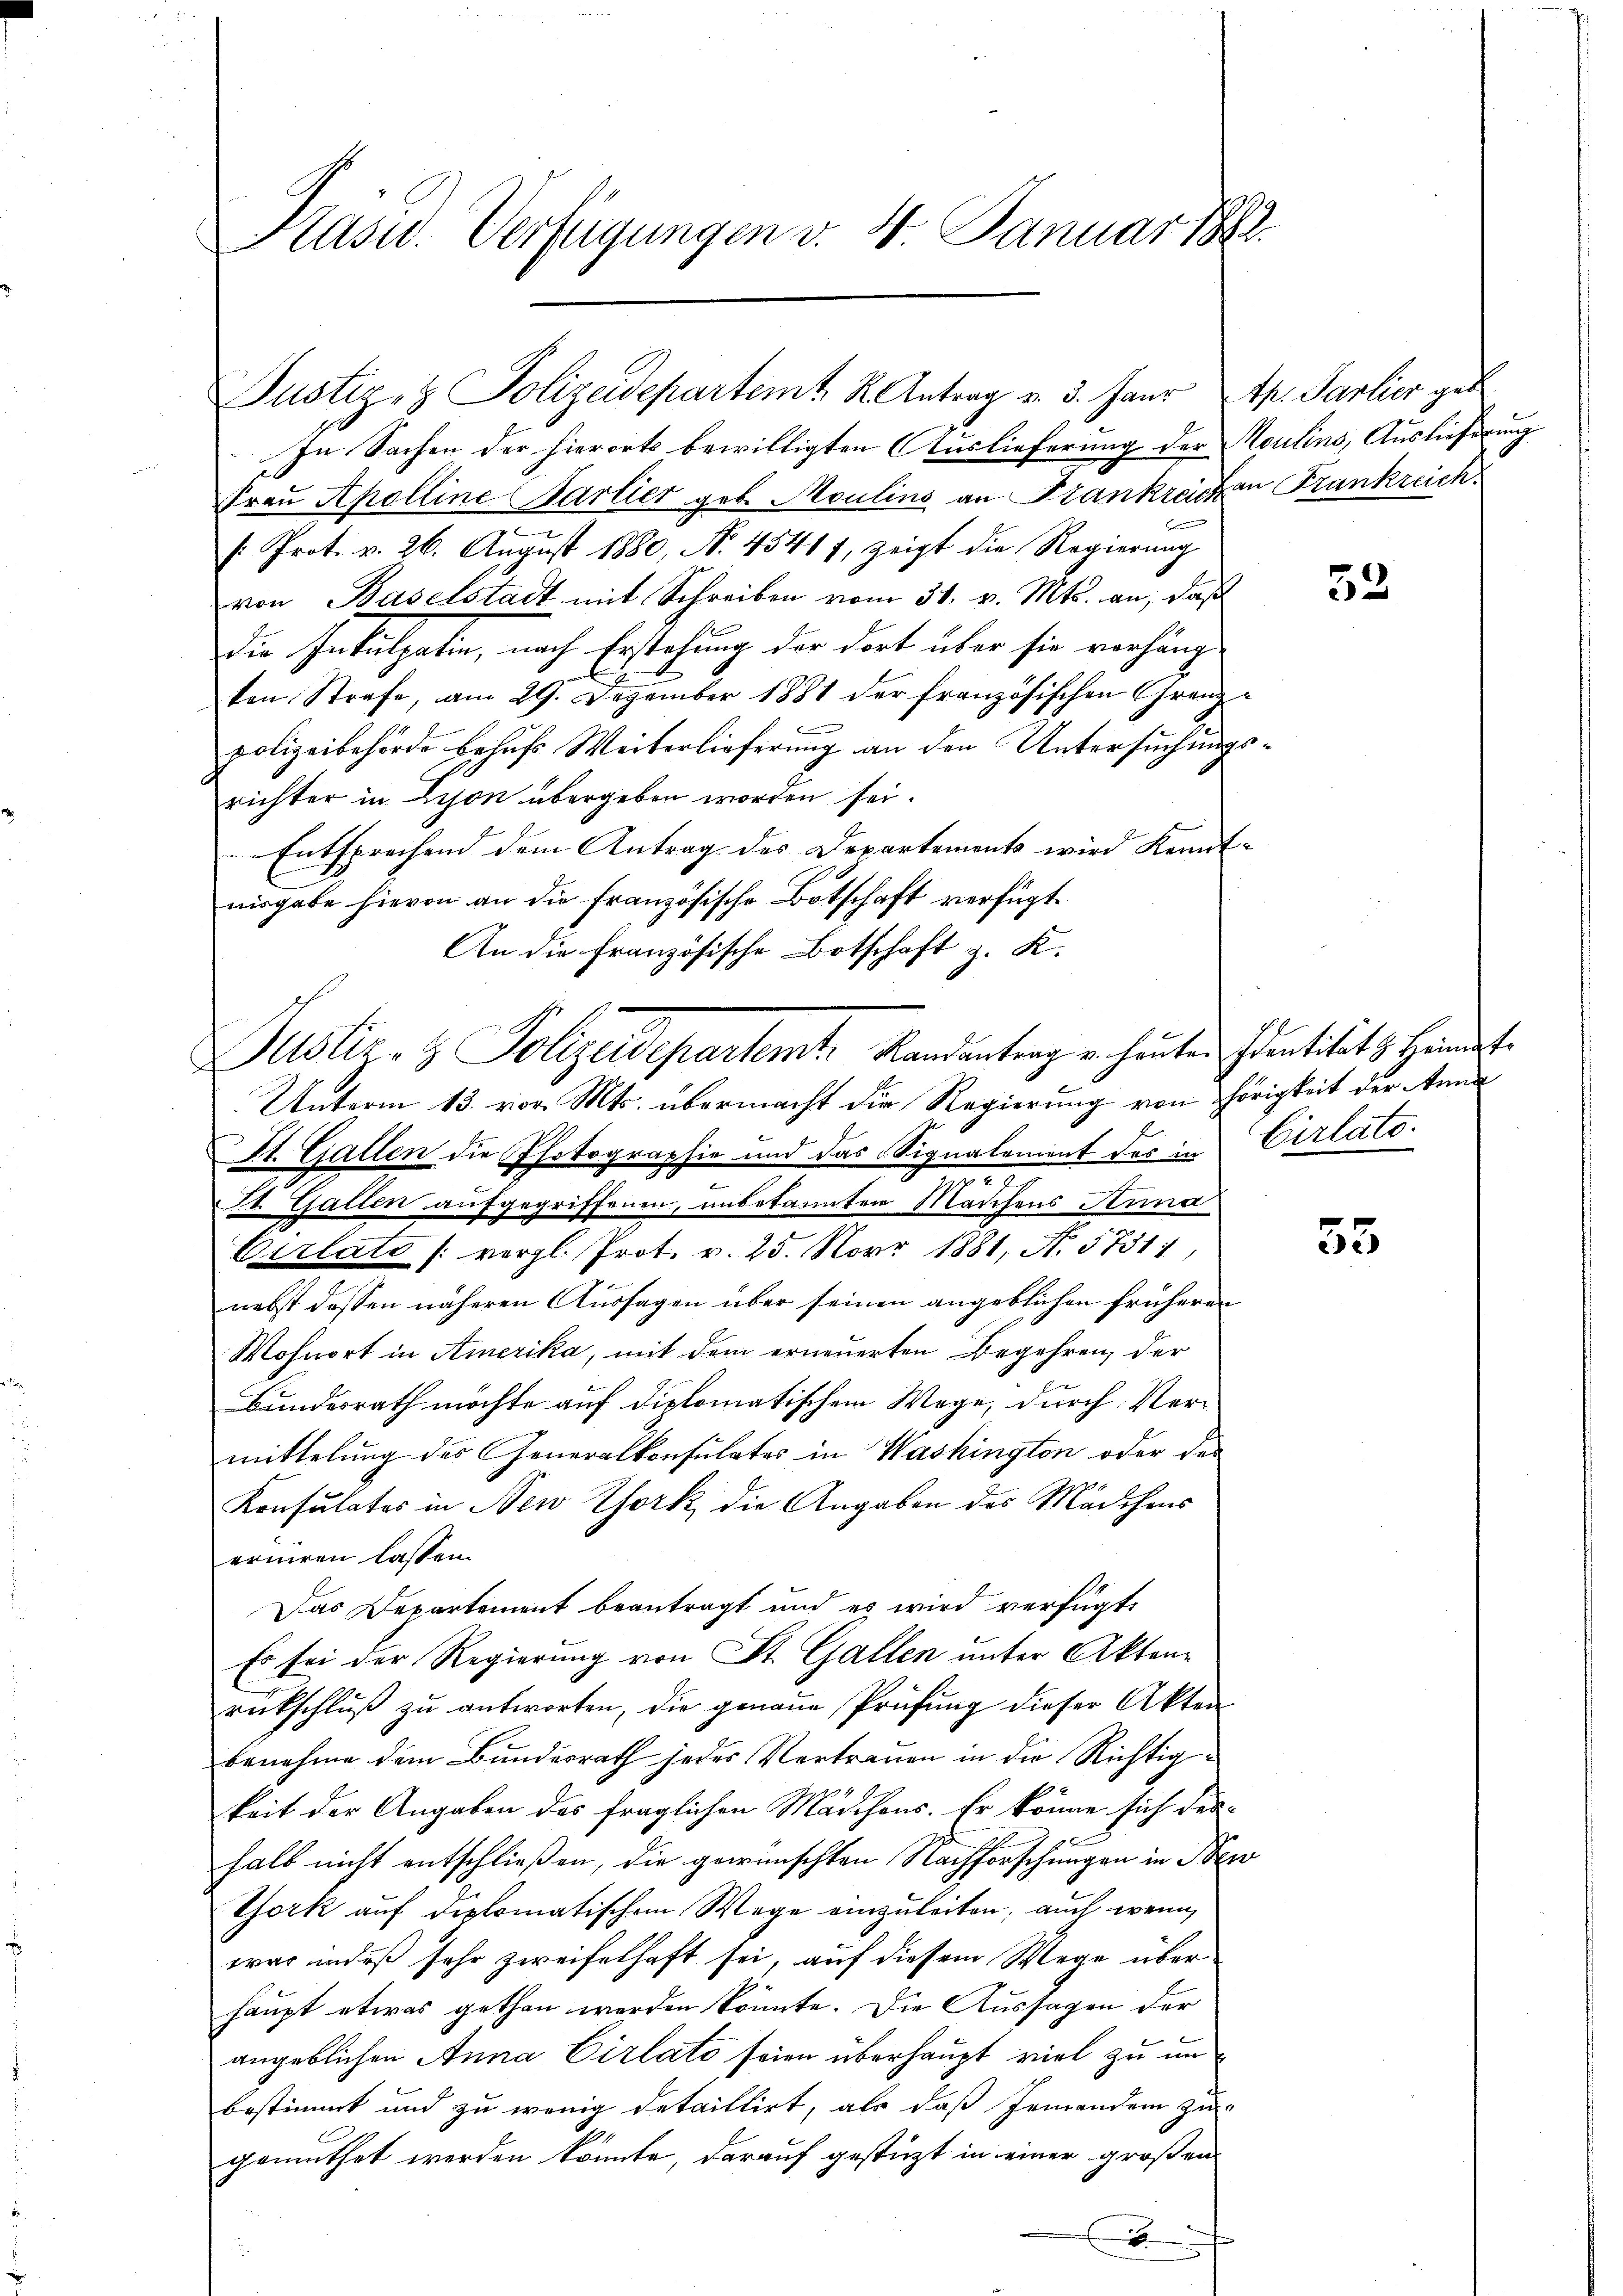
Präsid. Verfügungen v. 4. Januar 1882.

Justiz- & Polizeidepartemt K. Antrag u. 3. Janr p. Parlier geb.

In Sachen der hierorts bewilligten Auslieferung der Moulins, Auslieferung
Frau Apolline Partier geb. Moulins an Frankreichen Frankreich
/: Prot. v. 26. August 1880, N. 45417, zeigt die Regierung
von Baselstadt mit Schreiben vom 31. v. Mts. an, daß
die Inkulpatin, nach Erstehung der dort über sie vorhängl
ten Strafe, am 29. Dezember 1881 der französischen Grenz-
polizeibehörde behufs Weiterlieferung an den Untersuchungsrichter in Lyon übergeben worden sei.
Entsprechend dem Antrag des Departements wird Kenntnisgabe hievon an die französische Botschaft verfügt.
An die Französische Botschaft z. K.
Unterm 13. vor. Mts. übermacht die Regierung von hörigkeit der Anna
St. Gallen die Photographie und das Signalement des in Cirlato.
St. Gallen aufgegriffenen, unbekannten Mädchens Anna
Cirlate (vergl. Prot. v. 25. Novr 1881, N. 5731:
nebst dessen näheren Aussagen über seinen angeblichen früheren
Wohnort in Amerika, mit dem erneuerten Begehren, der
Bundesrath möchte auf diplomatischem Wege, durch Vermittelung des Generalkonsulates in Washington oder des
Konsulates in New York die Angaben des Mädchens
erniren lassen.
Das Departement beantragt und es wird verfügt,
Es sei der Regierung von St. Gallen unter Akten-
rückschluß zu antworten, die genaue Prüfung dieser Akten
benahme dem Bundesrath jedes Vertrauen in die Richtigkeit der Angaben des fraglichen Marchons. Er könne sich derhalb nicht entschließen, die gewünschten Nachforschungen in New
York auf diplomatischem Wege einzuleiten; auch wenn
war indeß sehr zweifelhaft sei, auf diesem Wege über
haupt etwas gethan werden könnte. Die Aussagen der
angeblichen Anna Cirlato seien überhaupt viel zu unbestimmt und zu wenig detaillirt, als daß Jemanden zu
gemuthet werden könnte, darauf gestüzt in einer großen
2

Justiz- & Polizeidepartemte Landantrag u. heuten Identität zu Händet

53

33